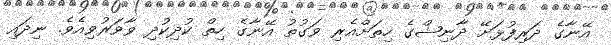
އޭނާގެ ދަރިފުޅަށޭ ދާނިޝްގެ ހިތަށްއެެރި ވަގުތު އޭނާގެ ހިތް ކުދިކުދި ވާވަރުވިއެވެ. ނިދައި